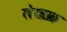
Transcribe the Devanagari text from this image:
लेखक्र